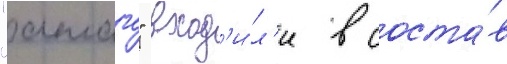
"атаго" вход'и́л'и в соста́в